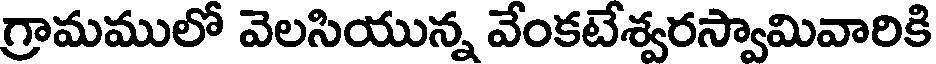
గ్రామములో వెలసియున్న వేంకటేశ్వరస్వామివారికి